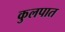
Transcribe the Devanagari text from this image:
कुलपात